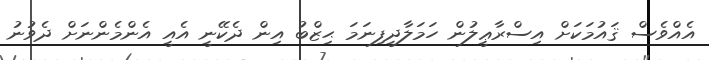
އެއްވެސް ޤައުމަކަށް އިސްރާޢީލުން ހަމަލާދީފިނަމަ ޙިޒްބު އިން ދެކޭނީ އެއީ އެންމެންނަށް ދެވުނު